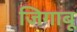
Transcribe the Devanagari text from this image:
जिगाबू